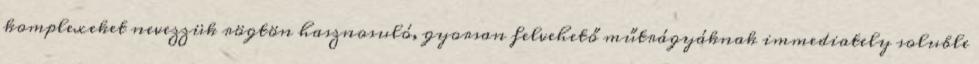
komplexeket nevezzük rögtön hasznosuló, gyorsan felvehető műtrágyáknak immediately soluble